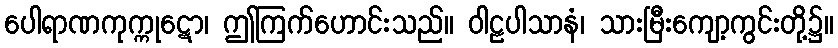
ပေါရာဏကုက္ကုဋော၊ ဤကြက်ဟောင်းသည်။ ဝါဠပါသာနံ၊ သားမြီးကျော့ကွင်းတို့၌။